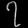
Digit: ၇